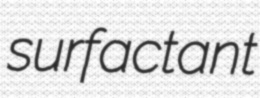
surfactant